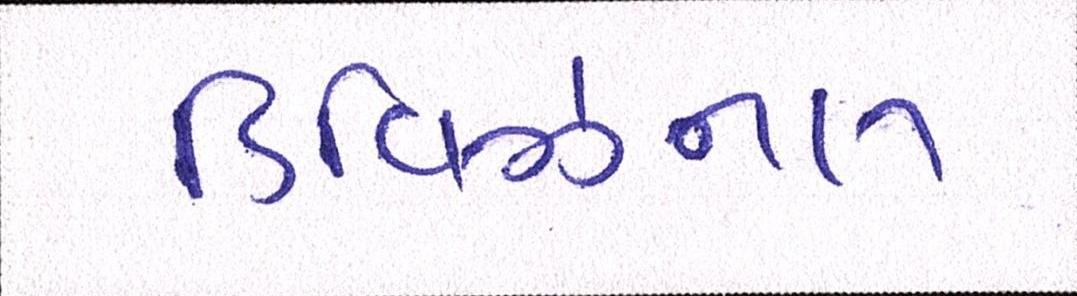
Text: ડિવિઝનલ